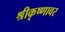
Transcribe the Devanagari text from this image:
श्रीकृष्णावर